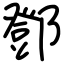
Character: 鄧